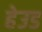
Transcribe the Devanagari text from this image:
हेउड